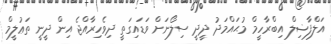
އަލްފާޟިލް އިބްރާހީމް މުޙައްމަދު ދީދީ ސިލޯނަށް ވަޑައިގަތީ ދިވެހިރާއްޖެ އިން ދީނީ ތަޢުލީމް